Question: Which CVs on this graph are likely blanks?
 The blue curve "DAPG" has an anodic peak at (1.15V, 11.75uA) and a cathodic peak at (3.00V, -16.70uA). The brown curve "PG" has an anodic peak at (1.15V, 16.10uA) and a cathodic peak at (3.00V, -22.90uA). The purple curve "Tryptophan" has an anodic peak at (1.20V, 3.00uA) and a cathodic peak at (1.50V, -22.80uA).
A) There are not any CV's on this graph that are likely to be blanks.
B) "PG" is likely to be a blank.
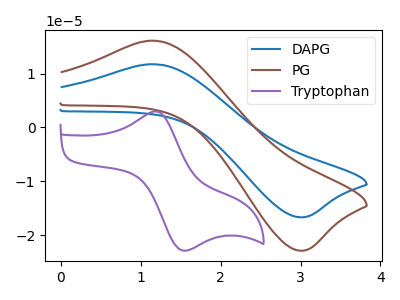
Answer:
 <answer>A) There are not any CV's on this graph that are likely to be blanks.</answer>
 <eval>A</eval>